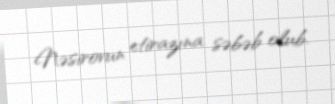
Nəsirovun etirazına səbəb olub.